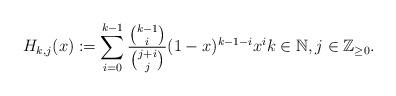
LaTeX: \begin{align*} H_{k,j}(x) := \sum_{i=0}^{k-1} \frac{{k-1 \choose i}}{{j+i \choose j}} ( 1-x)^{k-1-i} x^i k \in \mathbb{N}, j \in \mathbb{Z}_{\ge 0}.\end{align*}